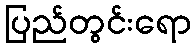
ပြည်တွင်းရော